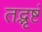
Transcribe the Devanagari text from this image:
तद्भृष्टं